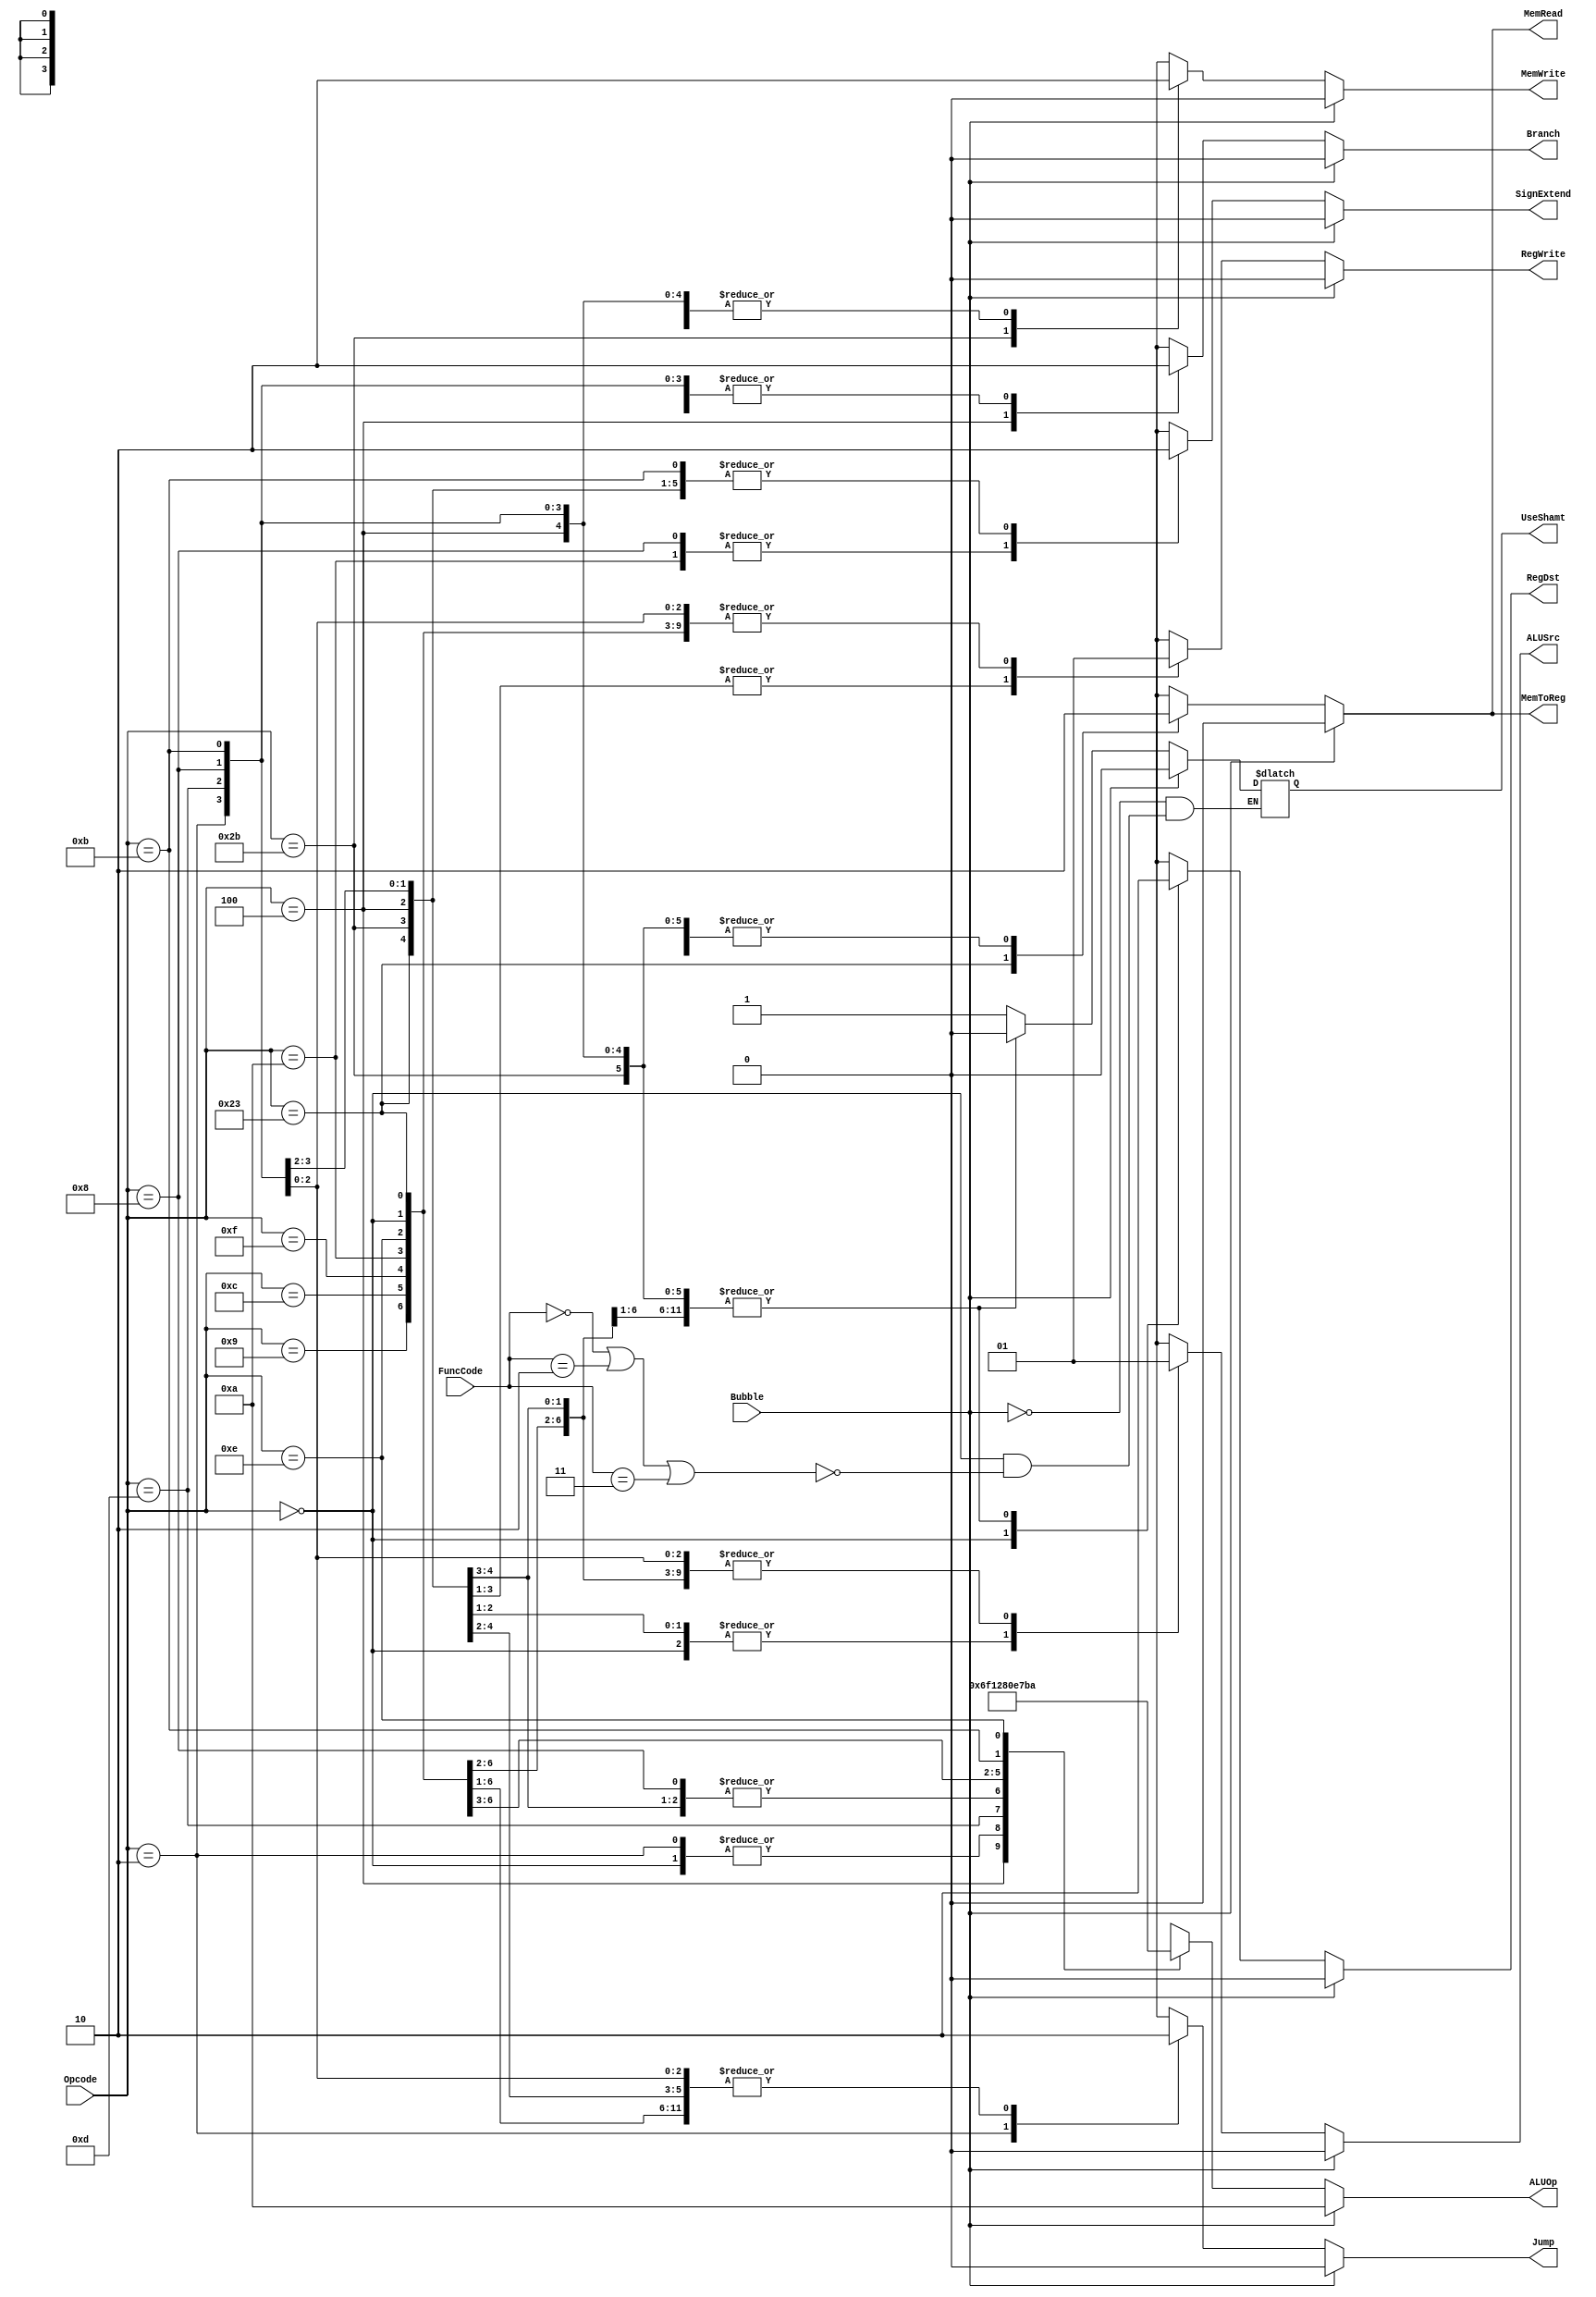
`timescale 1ns / 1ps

`define RTYPEOPCODE 6'b000000
`define LWOPCODE        6'b100011
`define SWOPCODE        6'b101011
`define BEQOPCODE       6'b000100
`define JOPCODE     6'b000010
`define ORIOPCODE       6'b001101
`define ADDIOPCODE  6'b001000
`define ADDIUOPCODE 6'b001001
`define ANDIOPCODE  6'b001100
`define LUIOPCODE       6'b001111
`define SLTIOPCODE  6'b001010
`define SLTIUOPCODE 6'b001011
`define XORIOPCODE  6'b001110

`define AND     4'b0000
`define OR      4'b0001
`define ADD     4'b0010
`define SLL     4'b0011
`define SRL     4'b0100
`define SUB     4'b0110
`define SLT     4'b0111
`define ADDU    4'b1000
//`define SUBU    4'b1001 
`define XOR     4'b1010
`define SLTU    4'b1011
`define NOR     4'b1100
`define SRA     4'b1101
`define LUI     4'b1110
`define FUNC    4'b1111

`define SLLFunc  6'b000000
`define SRLFunc  6'b000010
`define SRAFunc  6'b000011

module PipelinedControl(RegDst, ALUSrc, MemToReg, RegWrite, MemRead, MemWrite, Branch, Jump, SignExtend, ALUOp, UseShamt, Opcode, FuncCode, Bubble);
   input [5:0] Opcode;
   input [5:0] FuncCode;
   input Bubble;
   output RegDst;
   output ALUSrc;
   output MemToReg;
   output RegWrite;
   output MemRead;
   output MemWrite;
   output Branch;
   output Jump;
   output SignExtend;
   output [3:0] ALUOp;
   output UseShamt;
     
    reg RegDst, ALUSrc, MemToReg, RegWrite, MemRead, MemWrite, Branch, Jump, SignExtend, UseShamt, UseImmed;
    reg  [3:0] ALUOp;
    always @ (Opcode, FuncCode, Bubble) begin
        case(Opcode)
            `RTYPEOPCODE: begin
                RegDst <= #2 1;
                ALUSrc <= #2 0;
                MemToReg <= #2 0;
                RegWrite <= #2 1;
                MemRead <= #2 0;
                MemWrite <= #2 0;
                Branch <= #2 0;
                Jump <= #2 0;
                SignExtend <= #2 1'b0;
                ALUOp <= #2 `FUNC;
                if ((FuncCode==`SLLFunc) ||  (FuncCode==`SRLFunc) || (FuncCode==`SRAFunc)) begin
                    UseShamt<=#2 1;
                end
            end
            /*add code here*/
            `LWOPCODE: begin //Load Word
                RegDst <= #2 0;
                ALUSrc <= #2 1;
                MemToReg <= #2 1;
                RegWrite <= #2 1;
                MemRead <= #2 1;
                MemWrite <= #2 0;
                Branch <= #2 0;
                Jump <= #2 0;
                SignExtend <= #2 1'b0;
                ALUOp <= #2 `ADD;   //
                UseShamt<=#2 0;         
            end
             
            `SWOPCODE: begin //Store Word
                RegDst <= #2 0;
                ALUSrc <= #2 1;
                MemToReg <= #2 0;
                RegWrite <= #2 0;
                MemRead <= #2 0;
                MemWrite <= #2 1;
                Branch <= #2 0;
                Jump <= #2 0;
                SignExtend <= #2 1'b0;
                ALUOp <= #2 `ADD;  //
                UseShamt<=#2 0;           
            end    
            
            `BEQOPCODE: begin //branch equal Zero
                RegDst <= #2 0;
                ALUSrc <= #2 0;
                MemToReg <= #2 0;
                RegWrite <= #2 0;
                MemRead <= #2 0;
                MemWrite <= #2 0;
                Branch <= #2 1;
                Jump <= #2 0;
                SignExtend <= #2 1'b0;
                ALUOp <= #2 `SUB;  //
                UseShamt<=#2 0;            
            end 
            
            `JOPCODE: begin //Jump
                RegDst <= #2 0;
                ALUSrc <= #2 0;
                MemToReg <= #2 0;
                RegWrite <= #2 0;
                MemRead <= #2 0;
                MemWrite <= #2 0;
                Branch <= #2 0;
                Jump <= #2 1;
                SignExtend <= #2 1'b0;
                ALUOp <= #2 `FUNC;  //
                UseShamt<=#2 0;           
            end 
            
            `ORIOPCODE: begin //OR
                RegDst <= #2 0;
                ALUSrc <= #2 1;
                MemToReg <= #2 0;
                RegWrite <= #2 1;
                MemRead <= #2 0;
                MemWrite <= #2 0;
                Branch <= #2 0;
                Jump <= #2 0;
                SignExtend <= #2 1'b0;
                ALUOp <= #2 `OR;
                UseShamt<=#2 0;            
            end 
            
            `ADDIOPCODE: begin //Add immediate
                RegDst <= #2 0;
                ALUSrc <= #2 1;
                MemToReg <= #2 0;
                RegWrite <= #2 1;
                MemRead <= #2 0;
                MemWrite <= #2 0;
                Branch <= #2 0;
                Jump <= #2 0;
                SignExtend <= #2 1'b1;
                ALUOp <= #2 `ADD; 
                UseShamt<=#2 0;             
            end   
            
            `ADDIUOPCODE: begin //Add immediate unsigned
                RegDst <= #2 0;
                ALUSrc <= #2 1;
                MemToReg <= #2 0;
                RegWrite <= #2 1;
                MemRead <= #2 0;
                MemWrite <= #2 0;
                Branch <= #2 0;
                Jump <= #2 0;
                SignExtend <= #2 1'b0;
                ALUOp <= #2 `ADDU; 
                UseShamt<=#2 0;             
            end                      
                        
            `ANDIOPCODE: begin // And immediate
                RegDst <= #2 0;
                ALUSrc <= #2 1;
                MemToReg <= #2 0;
                RegWrite <= #2 1;
                MemRead <= #2 0;
                MemWrite <= #2 0;
                Branch <= #2 0;
                Jump <= #2 0;
                SignExtend <= #2 1'b0;
                ALUOp <= #2 `AND;  
                UseShamt<=#2 0;            
            end
 
             `LUIOPCODE: begin //Load upper immediate
                RegDst <= #2 0;
                ALUSrc <= #2 1;
                MemToReg <= #2 0;
                RegWrite <= #2 1;
                MemRead <= #2 0;
                MemWrite <= #2 0;
                Branch <= #2 0;
                Jump <= #2 0;
                SignExtend <= #2 1'b0;
                ALUOp <= #2 `LUI;  
                UseShamt<=#2 0;            
            end  
            
              `SLTIOPCODE: begin 
                RegDst <= #2 0;
                ALUSrc <= #2 1;
                MemToReg <= #2 0;
                RegWrite <= #2 1;
                MemRead <= #2 0;
                MemWrite <= #2 0;
                Branch <= #2 0;
                Jump <= #2 0;
                SignExtend <= #2 1'b1;
                ALUOp <= #2 `SLT;  
                UseShamt<=#2 0;            
            end 
            
              `SLTIUOPCODE: begin
                RegDst <= #2 0;
                ALUSrc <= #2 1;
                MemToReg <= #2 0;
                RegWrite <= #2 1;
                MemRead <= #2 0;
                MemWrite <= #2 0;
                Branch <= #2 0;
                Jump <= #2 0;
                SignExtend <= #2 1'b0;
                ALUOp <= #2 `SLTU;        
                UseShamt<=#2 0;      
            end 

              `XORIOPCODE: begin //Exclusive or immediate
                RegDst <= #2 0;
                ALUSrc <= #2 1;
                MemToReg <= #2 0;
                RegWrite <= #2 1;
                MemRead <= #2 0;
                MemWrite <= #2 0;
                Branch <= #2 0;
                Jump <= #2 0;
                SignExtend <= #2 1'b0;
                ALUOp <= #2 `XOR;   
                UseShamt<=0;          
            end 
            
            default: begin
                RegDst <= #2 1'bx;
                ALUSrc <= #2 1'bx;
                MemToReg <= #2 1'bx;
                RegWrite <= #2 1'bx;
                MemRead <= #2 1'bx;
                MemWrite <= #2 1'bx;
                Branch <= #2 1'bx;
                Jump <= #2 1'bx;
                SignExtend <= #2 1'bx;
                ALUOp <= #2 4'bxxxx;
                UseShamt<= #2 1'bx;  
            end
        endcase
        if (Bubble) begin
                RegDst <= #2 0;
                ALUSrc <= #2 0;
                MemToReg <= #2 0;
                RegWrite <= #2 0;
                MemRead <= #2 0;
                MemWrite <= #2 0;
                Branch <= #2 0;
                Jump <= #2 0;
                SignExtend <= #2 1'b0;
                ALUOp <= #2 `XOR;   
                UseShamt<=0;       
        end
    end
endmodule